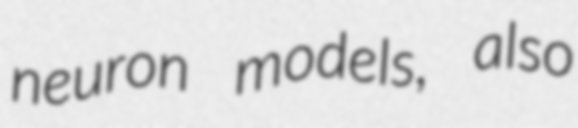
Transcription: neuron models, also